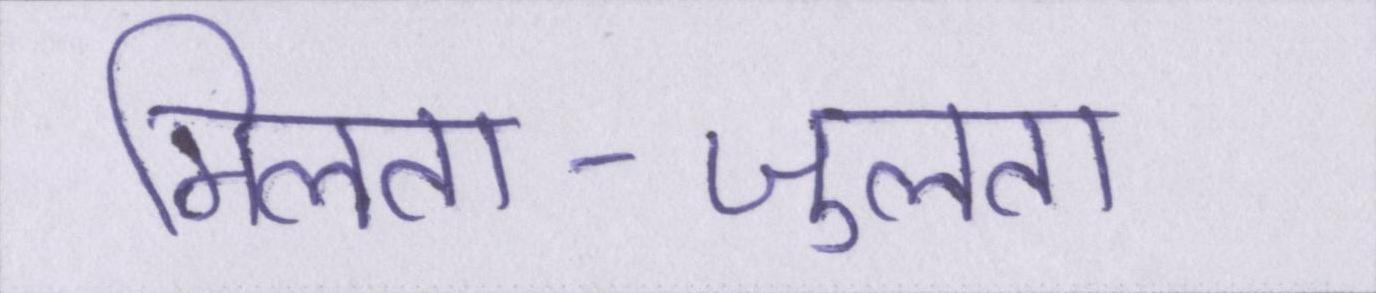
मिलता-जुलता